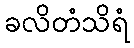
ခလိတံသိရံ